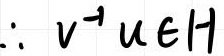
$\therefore v^{-1}u\in H$